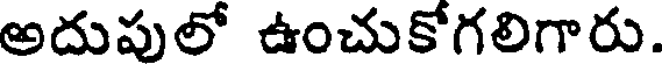
అదుపులో ఉంచుకోగలిగారు.